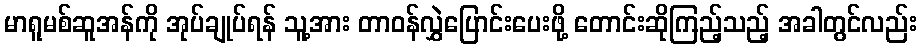
မာရူမစ်ဆူအန်ကို အုပ်ချုပ်ရန် သူ့အား တာဝန်လွှဲပြောင်းပေးဖို့ တောင်းဆိုကြည့်သည့် အခါတွင်လည်း